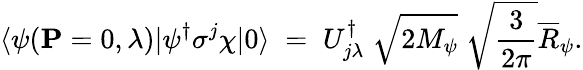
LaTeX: \langle\psi({\mathbf P}=0,\lambda)|\psi^{\dagger}\sigma^{j}\chi|0\rangle\; =\; U_{j\lambda}^{\dagger}\; \sqrt{2M_{\psi}}\; \sqrt{\frac{3}{2\pi}}\overline{{{R}}}_{\psi}.